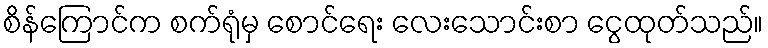
စိန်ကြောင်က စက်ရုံမှ စောင်ရေး လေးသောင်းစာ ငွေထုတ်သည်။